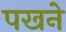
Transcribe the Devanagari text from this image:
पखने